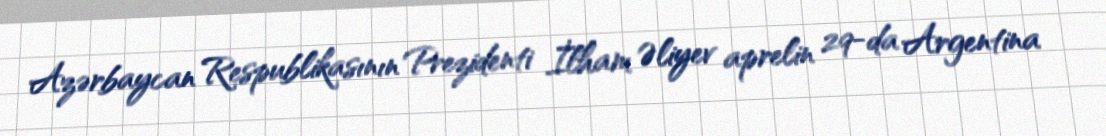
Azərbaycan Respublikasının Prezidenti İlham Əliyev aprelin 29-da Argentina